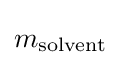
m_{\mathrm {solvent} }